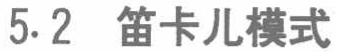
5.2 笛卡尔模式